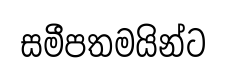
සමීපතමයින්ට